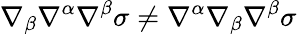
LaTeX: \nabla_{\beta}\nabla^{\alpha}\nabla^{\beta}\sigma\neq\nabla^{\alpha}\nabla_{\beta}\nabla^{\beta}\sigma